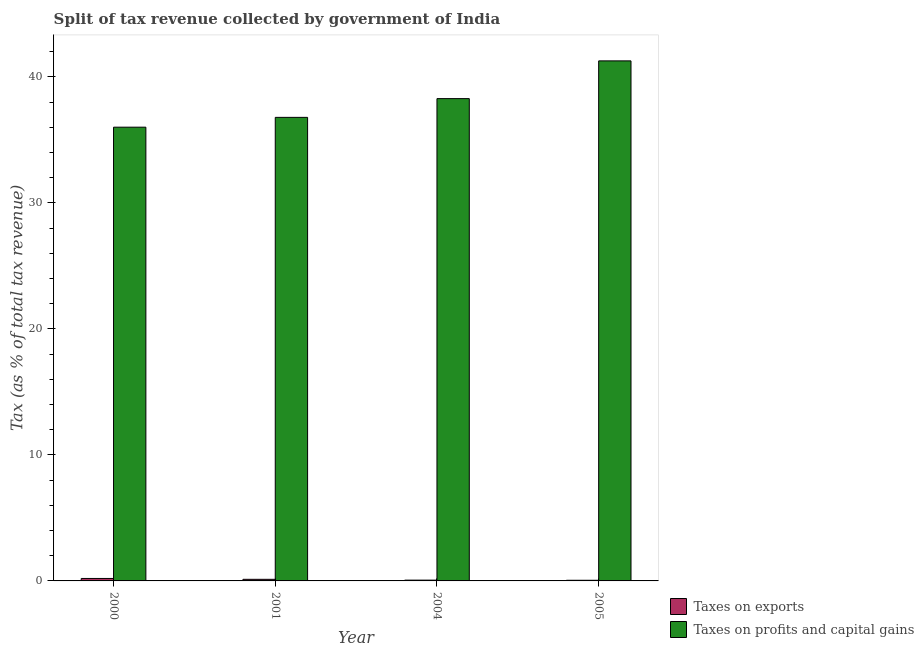
| Year | Taxes on exports | Taxes on profits and capital gains |
 | --- | --- | --- |
 | 2000 | 0.195 | 36 |
 | 2001 | 0.127 | 36.8 |
 | 2004 | 0.062 | 38.3 |
 | 2005 | 0.0511 | 41.3 |